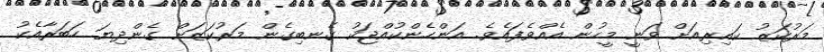
މަރުކަޒު ކައިރިއަށް ވަނީ މީހުން އެއްވެފައެވެ. އަންހެންކުއްޖަކު ގެނބިގެން މަރުކަޒަށް ގެންދިޔަ ހަބަރާއެކު